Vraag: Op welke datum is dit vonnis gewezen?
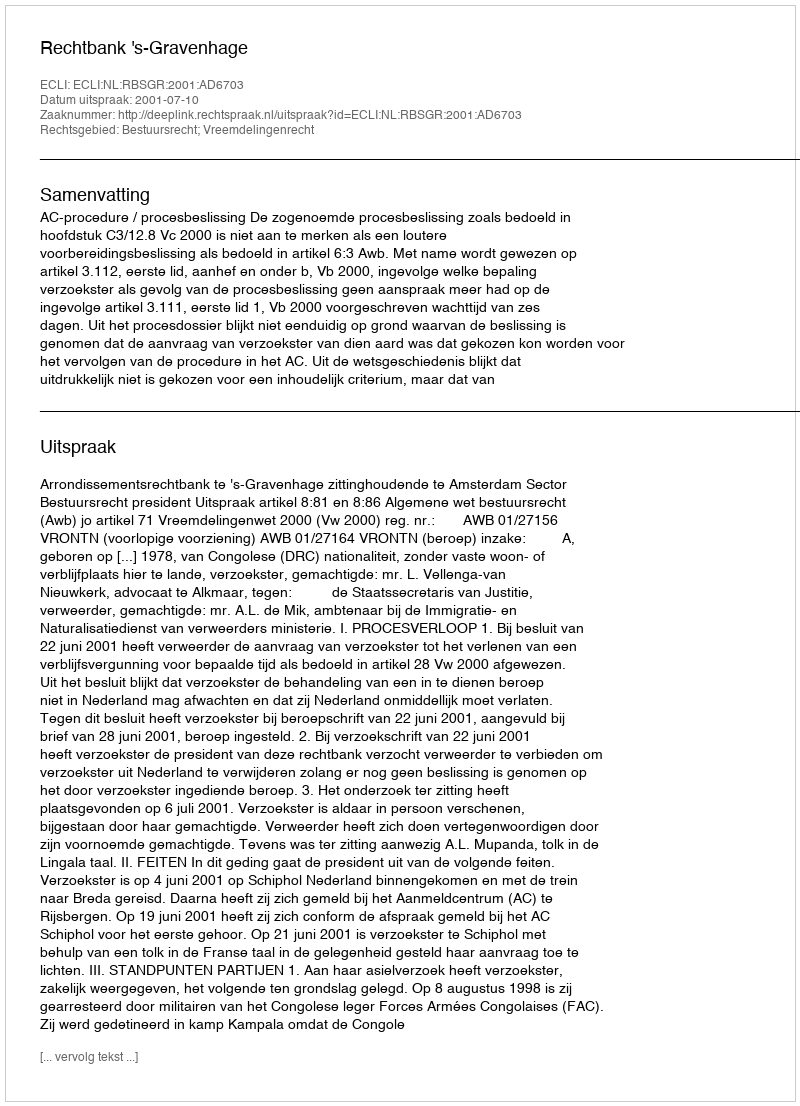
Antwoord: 2001-07-10